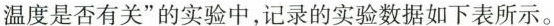
温度是否有关”的实验中，记录的实验数据如下表所示。